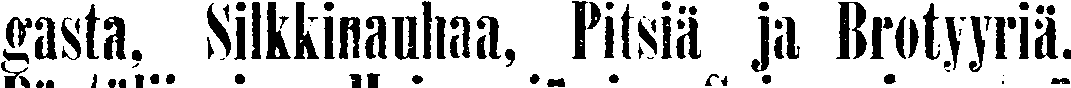
gasta, Silkkinauhaa, Pitsiä ja Brotyyriä.